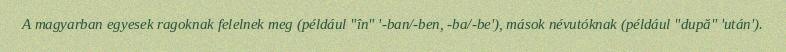
A magyarban egyesek ragoknak felelnek meg (például "în" '-ban/-ben, -ba/-be'), mások névutóknak (például "după" 'után').